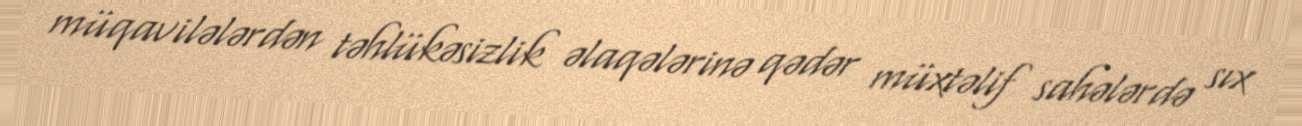
müqavilələrdən təhlükəsizlik əlaqələrinə qədər müxtəlif sahələrdə sıx